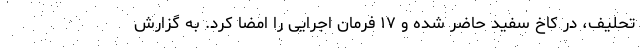
تحلیف، در کاخ سفید حاضر شده و ۱۷ فرمان اجرایی را امضا کرد. به گزارش